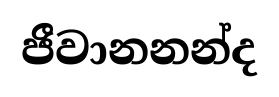
ජීවානනන්ද